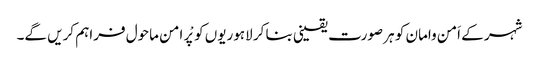
شہر کے اَمن وامان کو ہر صورت یقینی بنا کر لاہوریوں کو پْر امن ماحول فراہم کریں گے۔